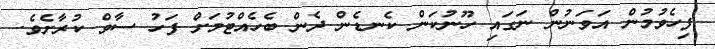
ފިހެވުމުން އަވަނުން ނަގައި ހޫނުކަން ކެނޑެން ދެން ބެހެއްޓުމަށް ފަހު ސާވް ކުރާށެވެ.